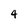
Character: 4